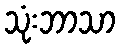
သုံးဘာသာ